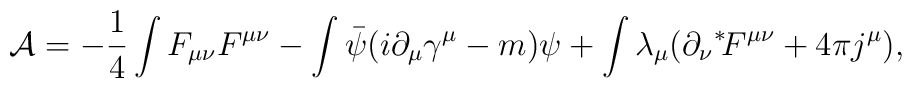
{\cal A} = -\frac{1}{4} \int F_{\mu\nu} F^{\mu\nu} - \int \bar{\psi}(i \partial_\mu \gamma^\mu -m)\psi + \int \lambda_\mu (\partial_\nu \mbox{}^*\! F^{\mu\nu} + 4\pi j^\mu),